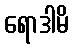
ရောဒါမိ